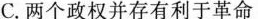
C.两个政权并存有利于革命